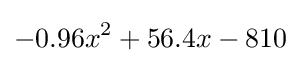
-0.96x^{2}+56.4x-810